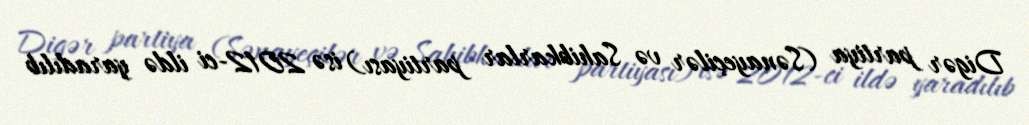
Digər partiya (Sənayeçilər və Sahibkarlar partiyası) isə 2012-ci ildə yaradılıb